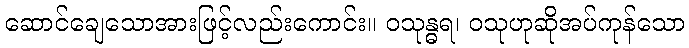
ဆောင်ချေသောအားဖြင့်လည်းကောင်း။ ဝသုန္ဓရ၊ ဝသုဟုဆိုအပ်ကုန်သော